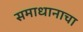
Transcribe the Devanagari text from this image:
समाधानाचा